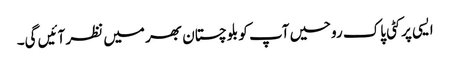
ایسی پر کٹی پاک روحیں آپ کو بلوچستان بھر میں نظر آئیں گی۔